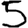
Digit: 5